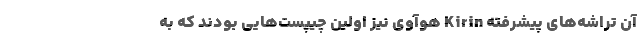
آن تراشه‌های پیشرفته Kirin هوآوی نیز اولین چیپست‌هایی بودند که به